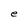
Character: e